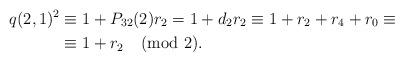
LaTeX: \begin{align*}q(2,1)^2&\equiv1+P_{32}(2)r_2=1+d_2r_2\equiv1+r_2+r_4+r_0\equiv\\&\equiv 1+r_2 \pmod{2}.\end{align*}